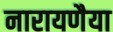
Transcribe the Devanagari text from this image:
नारायणैया